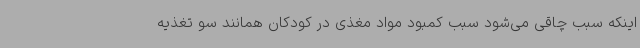
اینکه سبب چاقی می‌شود سبب کمبود مواد مغذی در کودکان همانند سو تغذیه